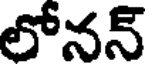
లోనన్